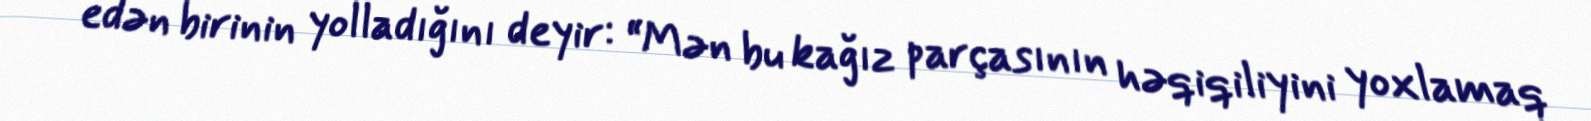
edən birinin yolladığını deyir: “Mən bu kağız parçasının həqiqiliyini yoxlamaq